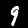
Digit: 9